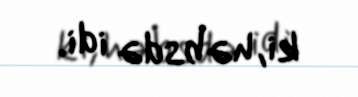
ki, həbsdə idi.